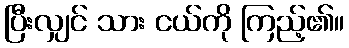
ပြီးလျှင် သား ငယ်ကို ကြည့်၏။